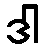
ဒါ